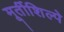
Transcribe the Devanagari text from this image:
मूर्तीशिल्पे